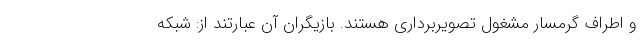
و اطراف گرمسار مشغول تصویربرداری هستند. بازیگران آن عبارتند از: شبکه